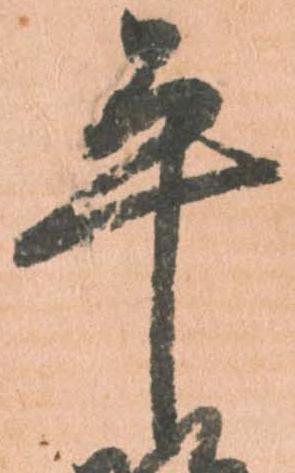
平